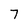
Character: 7